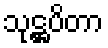
သုဋ္ဌပိတာ